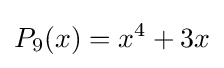
P_{9}(x)=x^{4}+3x